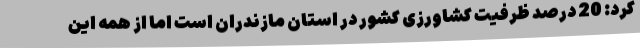
کرد: 20 درصد ظرفیت کشاورزی کشور در استان مازندران است اما از همه این